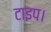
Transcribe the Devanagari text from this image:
टाइप।